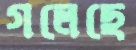
গলেছে